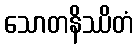
သောတနိဿိတံ